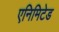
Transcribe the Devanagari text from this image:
एनिमिटेड